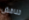
تناقش